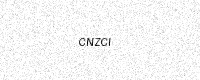
Text: CNZCI